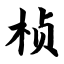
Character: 桢